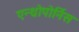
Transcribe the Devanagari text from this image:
एन्थ्रोपोर्निस